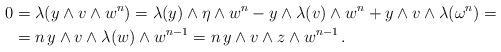
LaTeX: \begin{align*} 0& = \lambda(y\wedge v\wedge w^n)=\lambda(y)\wedge \eta\wedge w^n-y\wedge\lambda(v)\wedge w^n +y\wedge v\wedge \lambda(\omega^n)=\\ & = n\,y\wedge v\wedge\lambda(w)\wedge w^{n-1}=n\,y\wedge v\wedge z\wedge w^{n-1}\, .\end{align*}